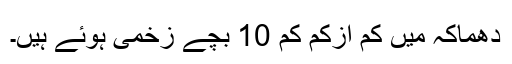
دھماکہ میں کم ازکم کم 10 بچے زخمی ہوئے ہیں۔